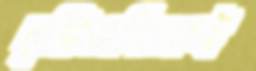
দৃষ্টিভঙ্গিকেই